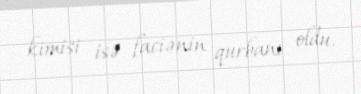
kimisi isə faciənin qurbanı oldu.